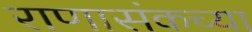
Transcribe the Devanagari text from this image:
राणासंकच्या